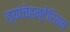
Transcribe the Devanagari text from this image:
त्यांचेहन्टेरियन